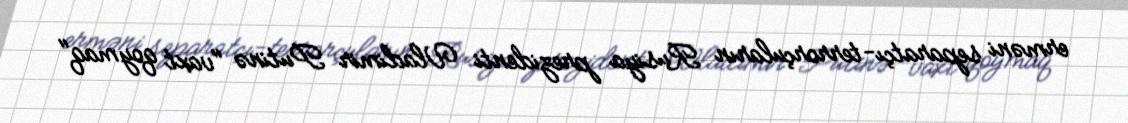
erməni separatçı-terrorçuların Rusiya prezidenti Vladimir Putinə "vaxt qoymaq"